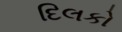
દિલકો